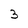
Character: 3